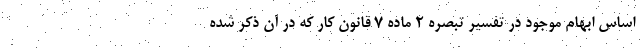
اساس ابهام موجود در تفسیر تبصره ۲ ماده ۷ قانون کار که در آن ذکر شده